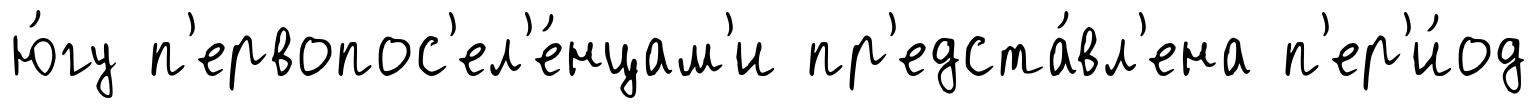
ю́гу п'ервопос'ел'е́нцам'и пр'едста́вл'ена п'ер'и́од